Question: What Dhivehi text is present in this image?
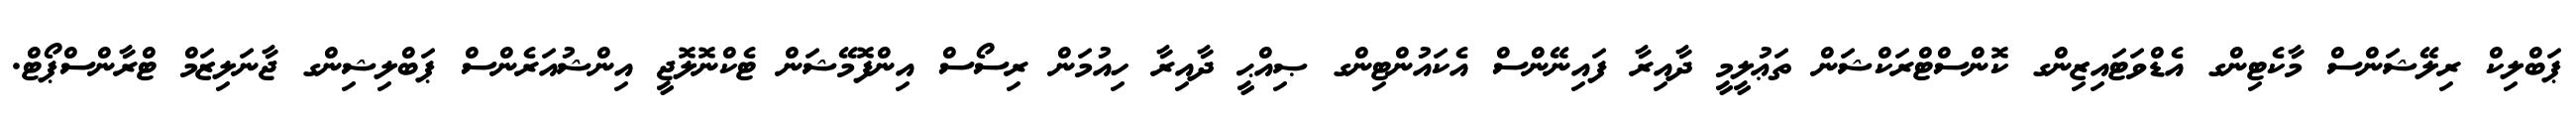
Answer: ޕަބްލިކް ރިލޭޝަންސް މާކެޓިންގ އެޑްވަޓައިޒިންގ ކޮންސްޓްރަކްޝަން ތަޢުލީމީ ދާއިރާ ފައިނޭންސް އެކައުންޓިންގ ޞިއްޙީ ދާއިރާ ހިއުމަން ރިސޯސް އިންފޮމޭޝަން ޓެކްނޮލޮޖީ އިންޝުއަރެންސް ޕަބްލިޝިންގ ޖާނަލިޒަމް ޓްރާންސްޕޯޓް.